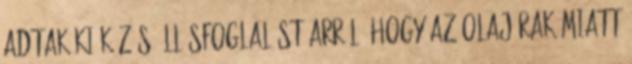
adtak ki közös állásfoglalást arról, hogy az olajárak miatt